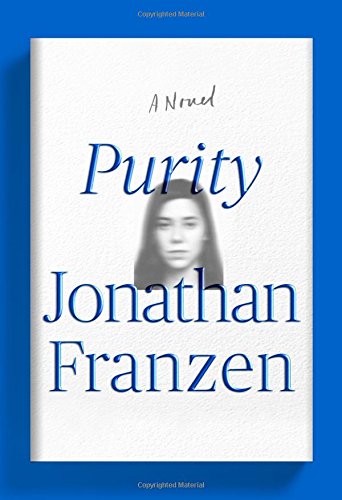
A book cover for Purity: A Novel; Jonathan Franzen; Literature & Fiction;